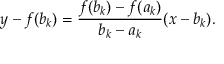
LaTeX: y - f ( b _ { k } ) = { \frac { f ( b _ { k } ) - f ( a _ { k } ) } { b _ { k } - a _ { k } } } ( x - b _ { k } ) .